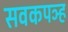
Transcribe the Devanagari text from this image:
सवकपञ्ह